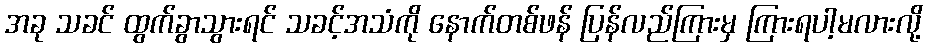
အခု သခင် ထွက်ခွာသွားရင် သခင့်အသံကို နောက်တစ်ဖန် ပြန်လည်ကြားမှ ကြားရပါ့မလားလို့